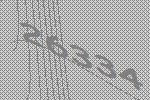
26334